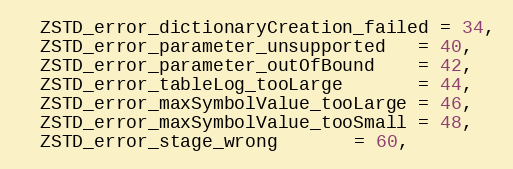
Language: C
  ZSTD_error_dictionaryCreation_failed = 34,
  ZSTD_error_parameter_unsupported   = 40,
  ZSTD_error_parameter_outOfBound    = 42,
  ZSTD_error_tableLog_tooLarge       = 44,
  ZSTD_error_maxSymbolValue_tooLarge = 46,
  ZSTD_error_maxSymbolValue_tooSmall = 48,
  ZSTD_error_stage_wrong       = 60,